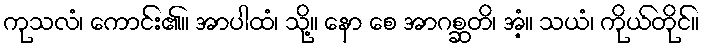
ကုသလံ၊ ကောင်း၏။ အာပါထံ၊ သို့။ နော စေ အာဂစ္ဆတိ၊ အံ့။ သယံ၊ ကိုယ်တိုင်။